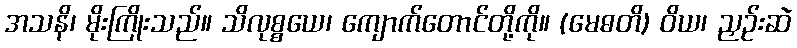
အသနိ၊ မိုးကြိုးသည်။ သိလုစ္စယေ၊ ကျောက်တောင်တို့ကို။ (မေဓတိ) ဝိယ၊ ညှဉ်းဆဲ